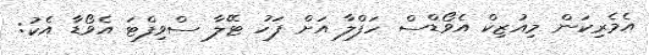
އެމެރިކަން މިއުޒިކް އެވޯޑްސް ހަފްލާ އަށް ފަހު ޓޭލާ ސްވިފްޓަ އެވޯޑާ އެކު: